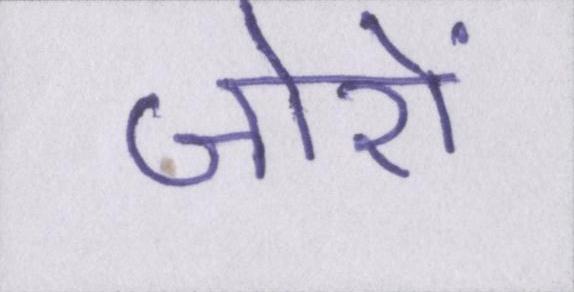
जोरों